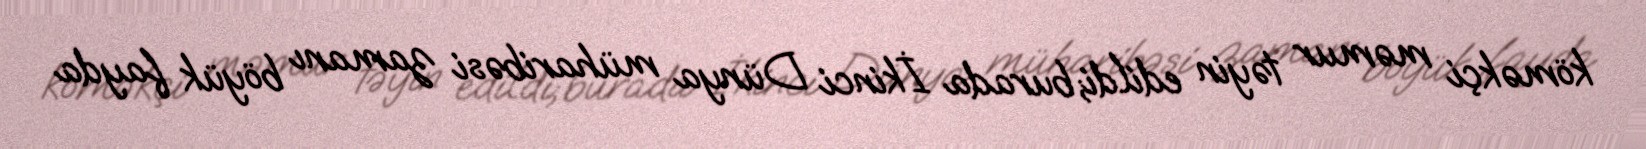
köməkçi məmur təyin edildi;burada İkinci Dünya müharibəsi zamanı böyük fayda